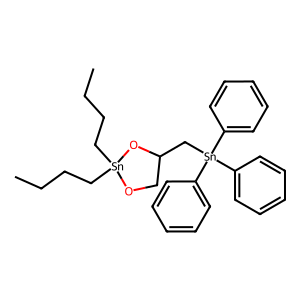
SMILES: CCCC[Sn]1(CCCC)OCC(C[Sn](c2ccccc2)(c2ccccc2)c2ccccc2)O1
Inhibits HIV replication: No